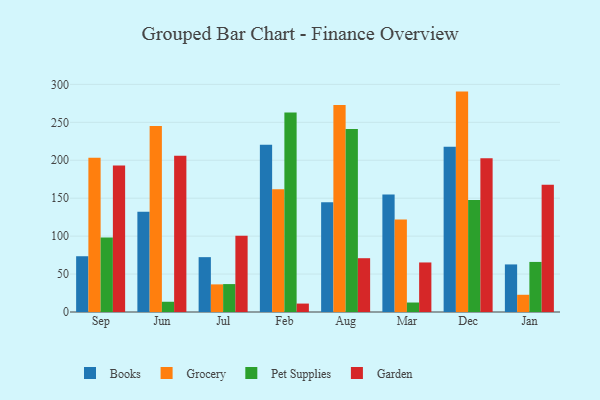
{"axis": {"x": "Month", "y": "Churn Rate (%)"}, "legend": ["Books", "Garden", "Grocery", "Pet Supplies"], "data": [{"x": "Sep", "y": 73.5, "type": "Books"}, {"x": "Sep", "y": 203.3, "type": "Grocery"}, {"x": "Sep", "y": 98.3, "type": "Pet Supplies"}, {"x": "Sep", "y": 193.0, "type": "Garden"}, {"x": "Jun", "y": 132.1, "type": "Books"}, {"x": "Jun", "y": 245.3, "type": "Grocery"}, {"x": "Jun", "y": 13.5, "type": "Pet Supplies"}, {"x": "Jun", "y": 206.1, "type": "Garden"}, {"x": "Jul", "y": 72.3, "type": "Books"}, {"x": "Jul", "y": 36.4, "type": "Grocery"}, {"x": "Jul", "y": 36.8, "type": "Pet Supplies"}, {"x": "Jul", "y": 100.4, "type": "Garden"}, {"x": "Feb", "y": 220.6, "type": "Books"}, {"x": "Feb", "y": 161.7, "type": "Grocery"}, {"x": "Feb", "y": 263.1, "type": "Pet Supplies"}, {"x": "Feb", "y": 11.1, "type": "Garden"}, {"x": "Aug", "y": 144.8, "type": "Books"}, {"x": "Aug", "y": 272.8, "type": "Grocery"}, {"x": "Aug", "y": 241.2, "type": "Pet Supplies"}, {"x": "Aug", "y": 70.9, "type": "Garden"}, {"x": "Mar", "y": 154.8, "type": "Books"}, {"x": "Mar", "y": 121.9, "type": "Grocery"}, {"x": "Mar", "y": 12.5, "type": "Pet Supplies"}, {"x": "Mar", "y": 65.3, "type": "Garden"}, {"x": "Dec", "y": 217.7, "type": "Books"}, {"x": "Dec", "y": 290.5, "type": "Grocery"}, {"x": "Dec", "y": 147.7, "type": "Pet Supplies"}, {"x": "Dec", "y": 202.5, "type": "Garden"}, {"x": "Jan", "y": 62.7, "type": "Books"}, {"x": "Jan", "y": 22.7, "type": "Grocery"}, {"x": "Jan", "y": 66.0, "type": "Pet Supplies"}, {"x": "Jan", "y": 167.7, "type": "Garden"}]}